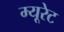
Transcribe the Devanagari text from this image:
म्यूरेट